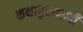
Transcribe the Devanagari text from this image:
कथापुराणादी